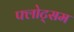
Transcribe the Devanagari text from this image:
फ्लोट्सम